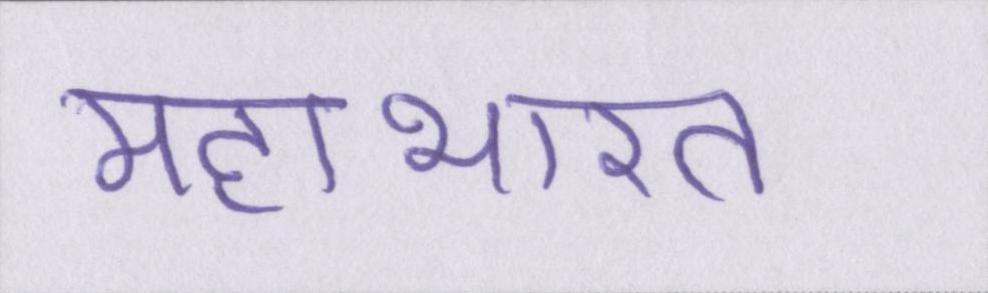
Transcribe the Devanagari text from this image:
महाभारत